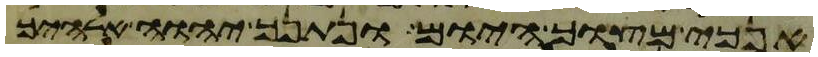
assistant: אנכי מצוך היום ונתנך יהוה אלהיך